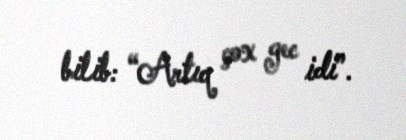
bilib: “Artıq çox gec idi”.